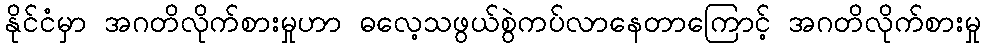
နိုင်ငံမှာ အဂတိလိုက်စားမှုဟာ ဓလေ့သဖွယ်စွဲကပ်လာနေတာကြောင့် အဂတိလိုက်စားမှု